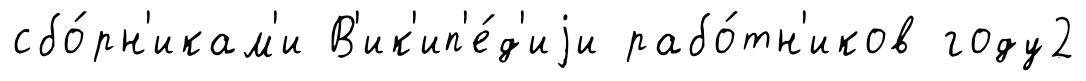
сбо́рн'икам'и В'ик'ип'е́д'иjи рабо́тн'иков году2